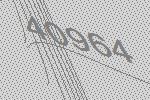
40964